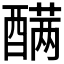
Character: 𰼑